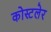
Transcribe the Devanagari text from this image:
कोस्टलेर